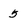
Character: 5